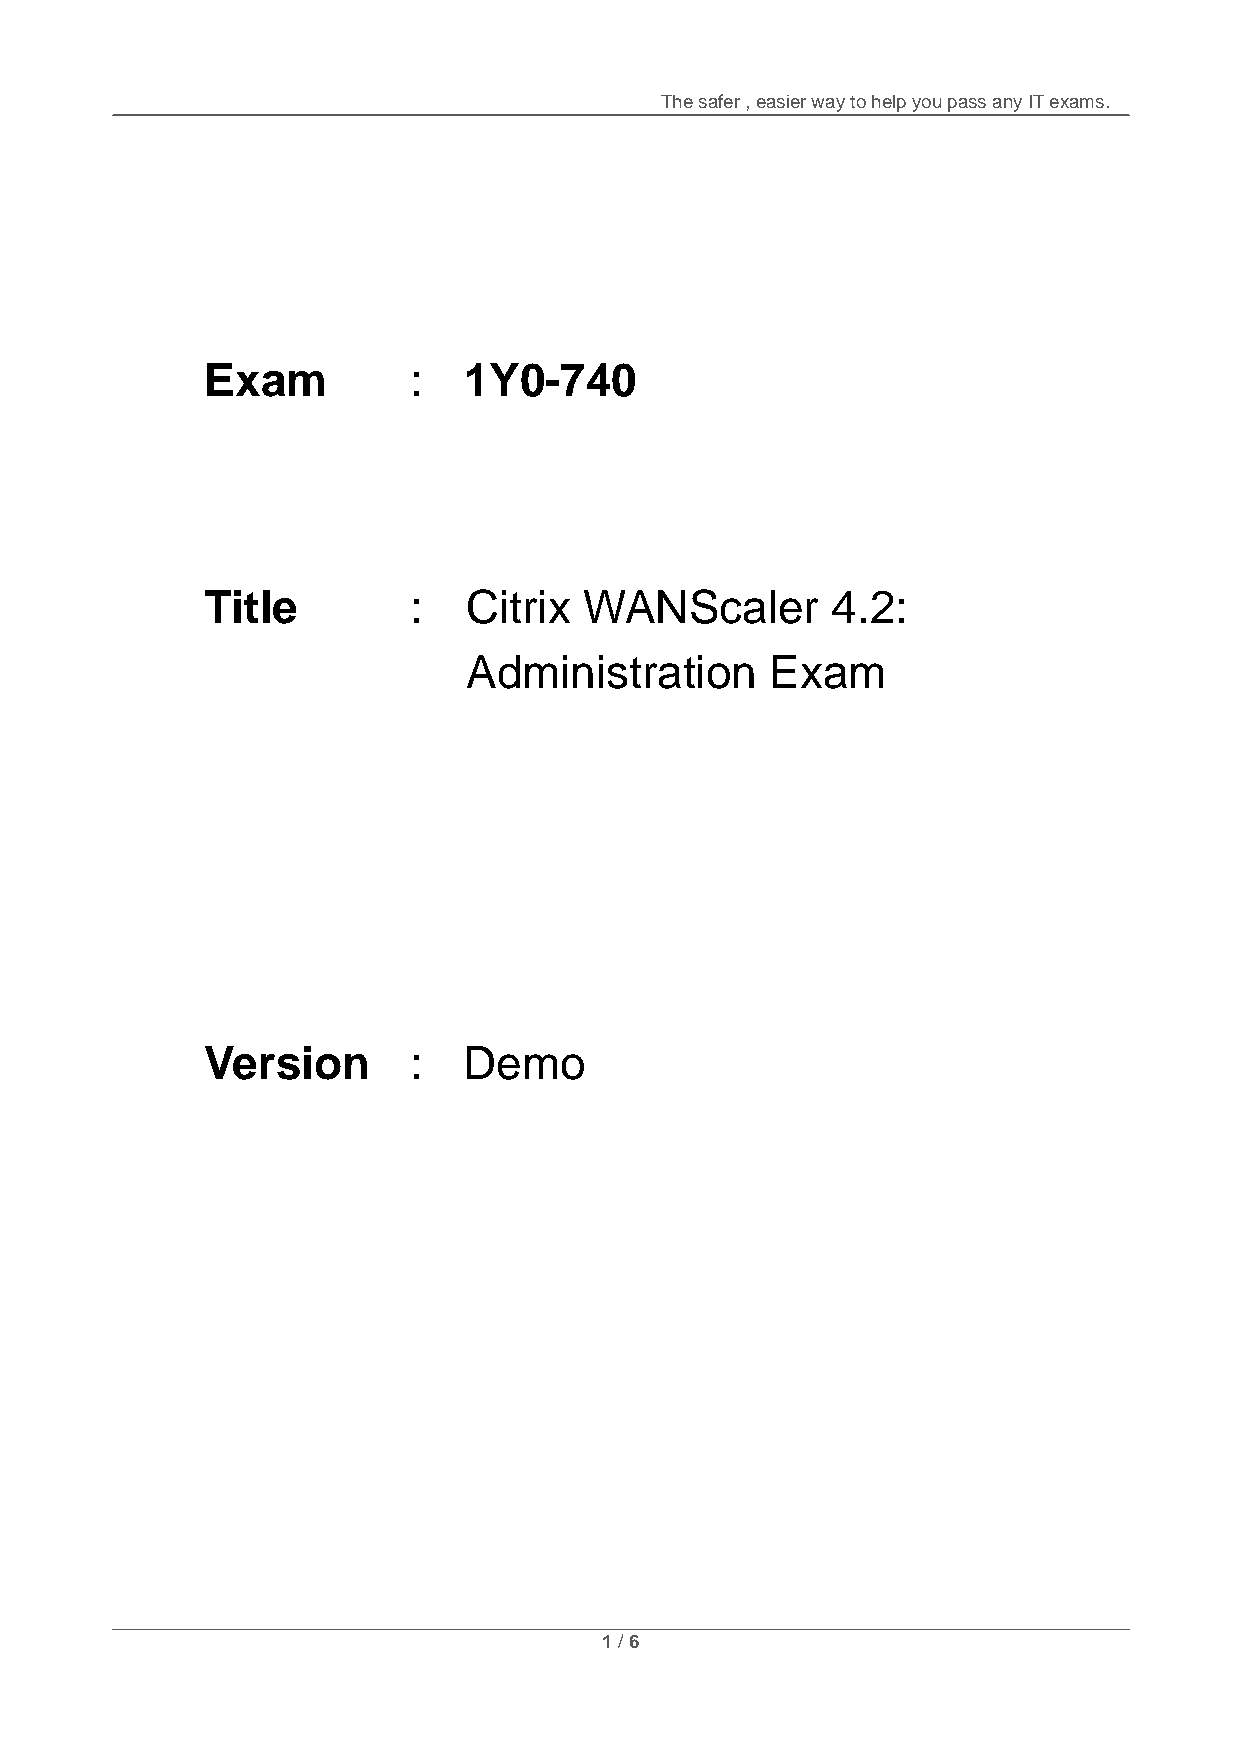
The safer , easier way to help you pass any IT exams.
 Exam         :   1Y0-740
 Title        :   C i t r i x WANScaler   4.2:
 Administration      Exam
 Version      :   Demo
 1 / 6